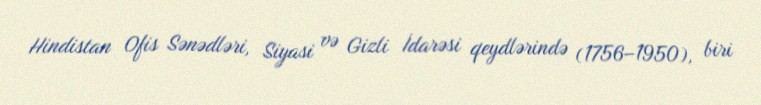
Hindistan Ofis Sənədləri, Siyasi və Gizli İdarəsi qeydlərində (1756–1950), biri